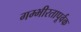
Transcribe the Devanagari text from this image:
गम्भीरतापूर्वक